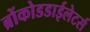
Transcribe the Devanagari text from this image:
ब्रोंकोडडाईलेटर्स